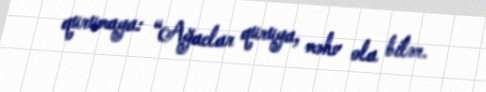
qurumaya: “Ağaclar quruya, məhv ola bilər.